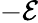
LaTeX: -{\mathcal{E}}